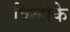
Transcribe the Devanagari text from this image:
त्रिलोके